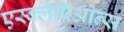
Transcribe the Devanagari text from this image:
एस्क्लेपिओन्स